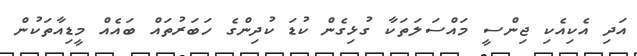
އަދި އެކިއެކި ޖިންސީ މައްސަލަތަކާ ގުޅިގެން ކުޑަ ކުދިންގެ ހަބަރުތައް ބައެއް މީޑިއާތަކުން